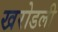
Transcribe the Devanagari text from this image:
खरोडली